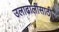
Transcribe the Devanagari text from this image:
उलाढालींसाठी